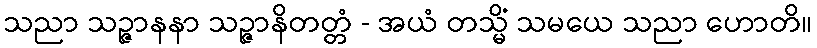
သညာ သဉ္ဇာနနာ သဉ္ဇာနိတတ္တံ - အယံ တသ္မိံ သမယေ သညာ ဟောတိ။